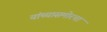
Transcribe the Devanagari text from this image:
यांच्यासमोरचा